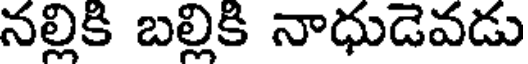
నల్లికి బల్లికి నాధుడెవడు